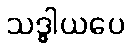
သဒ္ဓါယပေ